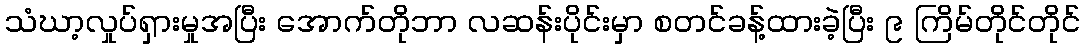
သံဃာ့လှုပ်ရှားမှုအပြီး အောက်တိုဘာ လဆန်းပိုင်းမှာ စတင်ခန့်ထားခဲ့ပြီး ၉ ကြိမ်တိုင်တိုင်